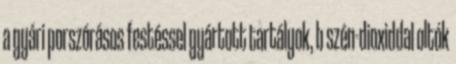
a gyári porszórásos festéssel gyártott tartályok, b szén-dioxiddal oltók